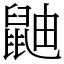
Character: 鼬